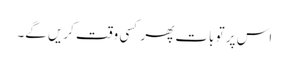
اس پر تو بات پھر کسی وقت کریں گے۔